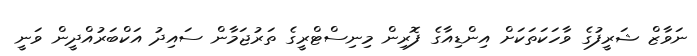
ނަވާޒް ޝަރީފުގެ ވާހަކަތަކަށް އިންޑިއާގެ ފޮރިން މިނިސްޓްރީގެ ތަރުޖަމާން ސައިދު އަކްބަރުއްދީން ވަނީ